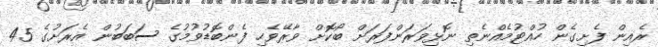
ރެއިން ފެށިގެން ހުއްޓުމެއްނެތި ނޮޅިވަރަންފަރަށް ބޯކޮށް ވާރޭވެހި ފެންބޮޑުވުމުގެ ސަބަބުން އެރަށުގެ 45